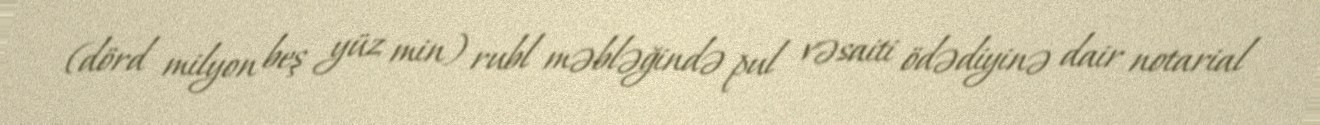
(dörd milyon beş yüz min) rubl məbləğində pul vəsaiti ödədiyinə dair notarial